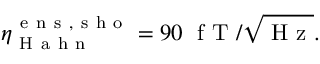
\eta _ { \mathrm { ~ H ~ a ~ h ~ n ~ } } ^ { \mathrm { ~ e ~ n ~ s ~ , ~ s ~ h ~ o ~ } } = 9 0 \; \mathrm { ~ f ~ T ~ } / \sqrt { \mathrm { ~ H ~ z ~ } } .